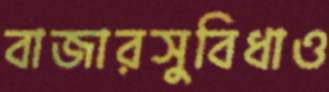
বাজারসুবিধাও